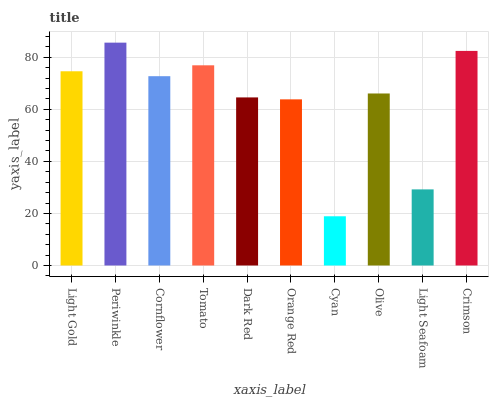
| xaxis_label | bars |
 | --- | --- |
 | Light Gold | 74.6 |
 | Periwinkle | 85.6 |
 | Cornflower | 72.7 |
 | Tomato | 76.9 |
 | Dark Red | 64.6 |
 | Orange Red | 63.8 |
 | Cyan | 18.9 |
 | Olive | 66.1 |
 | Light Seafoam | 29.2 |
 | Crimson | 82.5 |